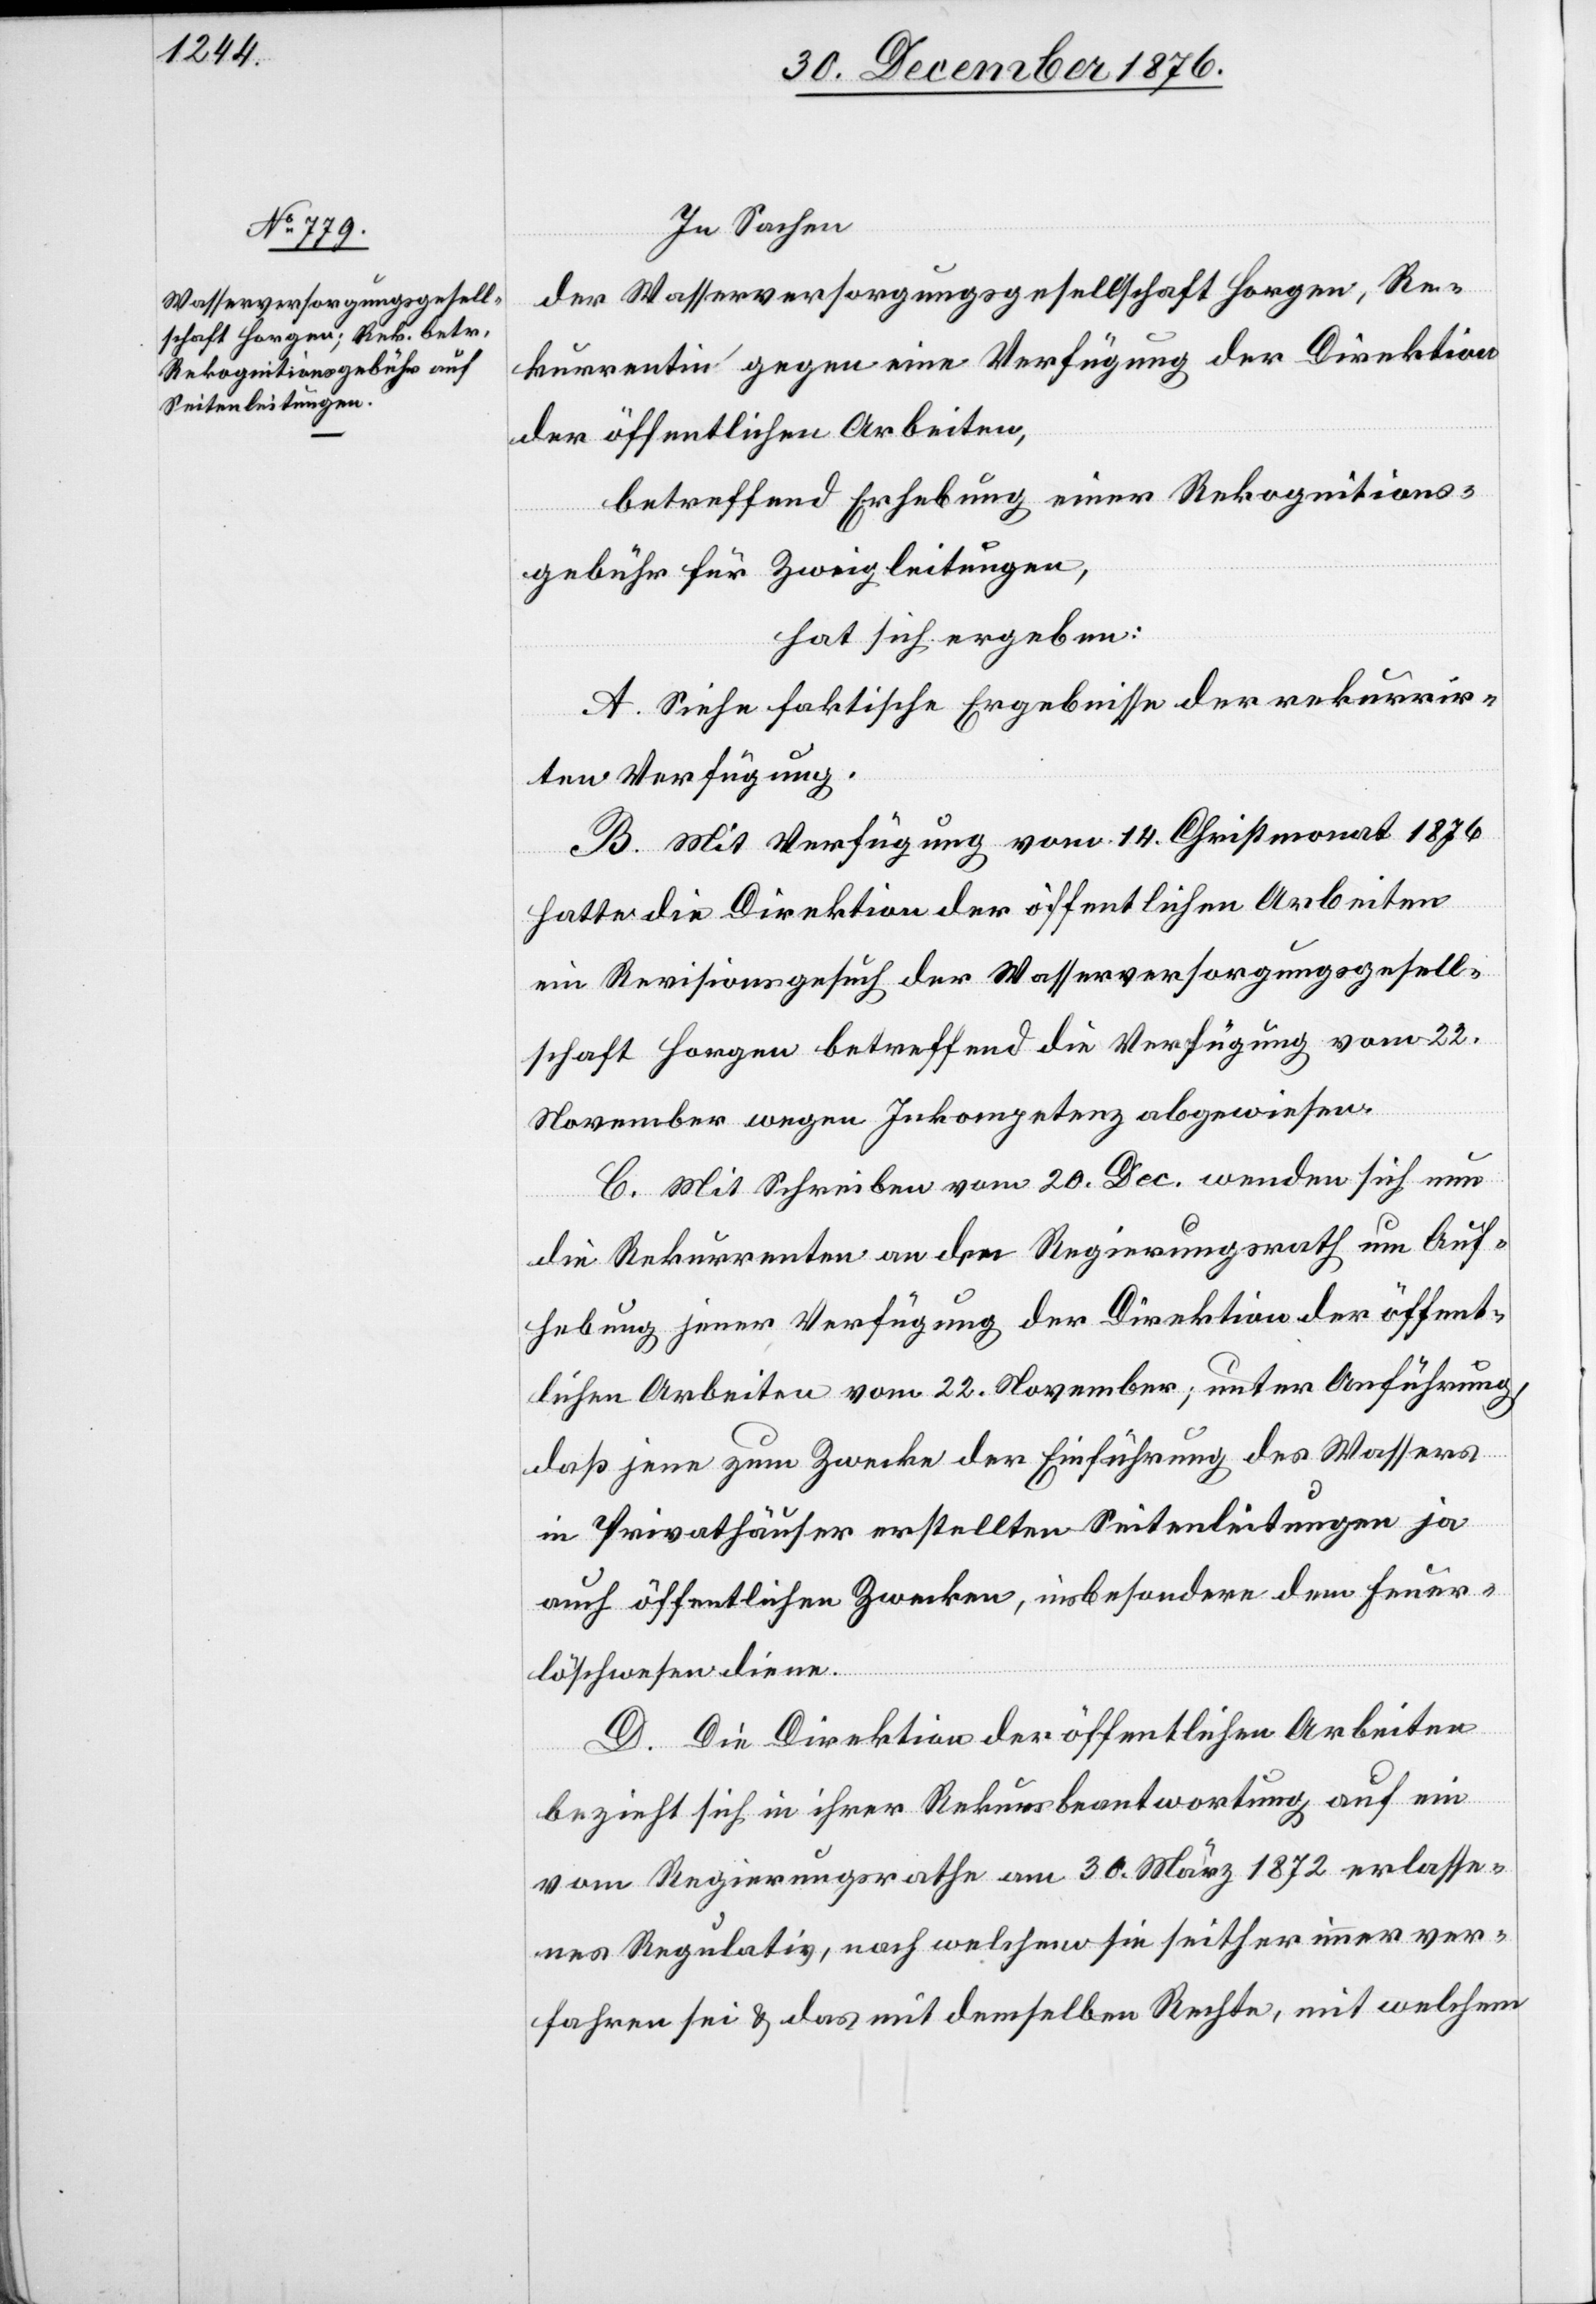
In Sachen
der Wasserversorgungsgesellschaft Horgen, Re¬
kurrentin gegen eine Verfügung der Direktion
der öffentlichen Arbeiten,
betreffend Erhebung einer Rekognitions¬
gebühr für Zweigleitungen,
hat sich ergeben:
A. Siehe die faktischen Ergebnisse der rekurrir¬
ten Verfügung.
B. Mit Verfügung vom 14. Christmonat 1876
hatte die Direktion der öffentlichen Arbeiten
ein Revisionsgesuch der Wasserversorgungsgesell¬
schaft Horgen betreffend die Verfügung vom 22.
November wegen Inkompetenz abgewiesen.
C. Mit Schreiben vom 20. Dec. wenden sich nun
die Rekurrenten an den Regierungsrath um Auf¬
hebung jener Verfügung der Direktion der öffent¬
lichen Arbeiten vom 22. November; unter Anführung,
daß jene zum Zwecke der Einführung des Wassers
in Privathäuser erstellten Seitenleitungen ja
auch öffentlichen Zwecken, insbesondere dem Feuer¬
löschwesen dienen.
D. Die Direktion der öffentlichen Arbeiten
bezieht sich in ihrer Rekursbeantwortung auf ein
vom Regierungsrathe am 30. März 1872 erlasse¬
nes Regulativ, nach welchem sie seither immer ver¬
fahren sei & das mit demselben Rechte, mit welchem